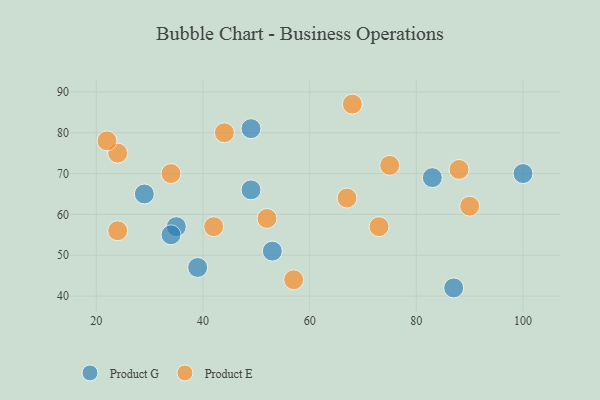
{"axis": {"x": "GDP", "y": "Life Expectancy"}, "legend": ["Product E", "Product G"], "data": [{"x": "29", "y": 65, "type": "Product G"}, {"x": "49", "y": 81, "type": "Product G"}, {"x": "39", "y": 47, "type": "Product G"}, {"x": "35", "y": 57, "type": "Product G"}, {"x": "49", "y": 66, "type": "Product G"}, {"x": "83", "y": 69, "type": "Product G"}, {"x": "87", "y": 42, "type": "Product G"}, {"x": "34", "y": 55, "type": "Product G"}, {"x": "100", "y": 70, "type": "Product G"}, {"x": "53", "y": 51, "type": "Product G"}, {"x": "42", "y": 57, "type": "Product E"}, {"x": "24", "y": 75, "type": "Product E"}, {"x": "68", "y": 87, "type": "Product E"}, {"x": "90", "y": 62, "type": "Product E"}, {"x": "44", "y": 80, "type": "Product E"}, {"x": "67", "y": 64, "type": "Product E"}, {"x": "73", "y": 57, "type": "Product E"}, {"x": "57", "y": 44, "type": "Product E"}, {"x": "24", "y": 56, "type": "Product E"}, {"x": "34", "y": 70, "type": "Product E"}, {"x": "52", "y": 59, "type": "Product E"}, {"x": "88", "y": 71, "type": "Product E"}, {"x": "22", "y": 78, "type": "Product E"}, {"x": "75", "y": 72, "type": "Product E"}]}